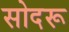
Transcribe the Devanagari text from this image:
सोदरू